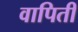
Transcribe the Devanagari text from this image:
वापिती